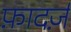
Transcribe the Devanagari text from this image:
फ़ादर्ज़